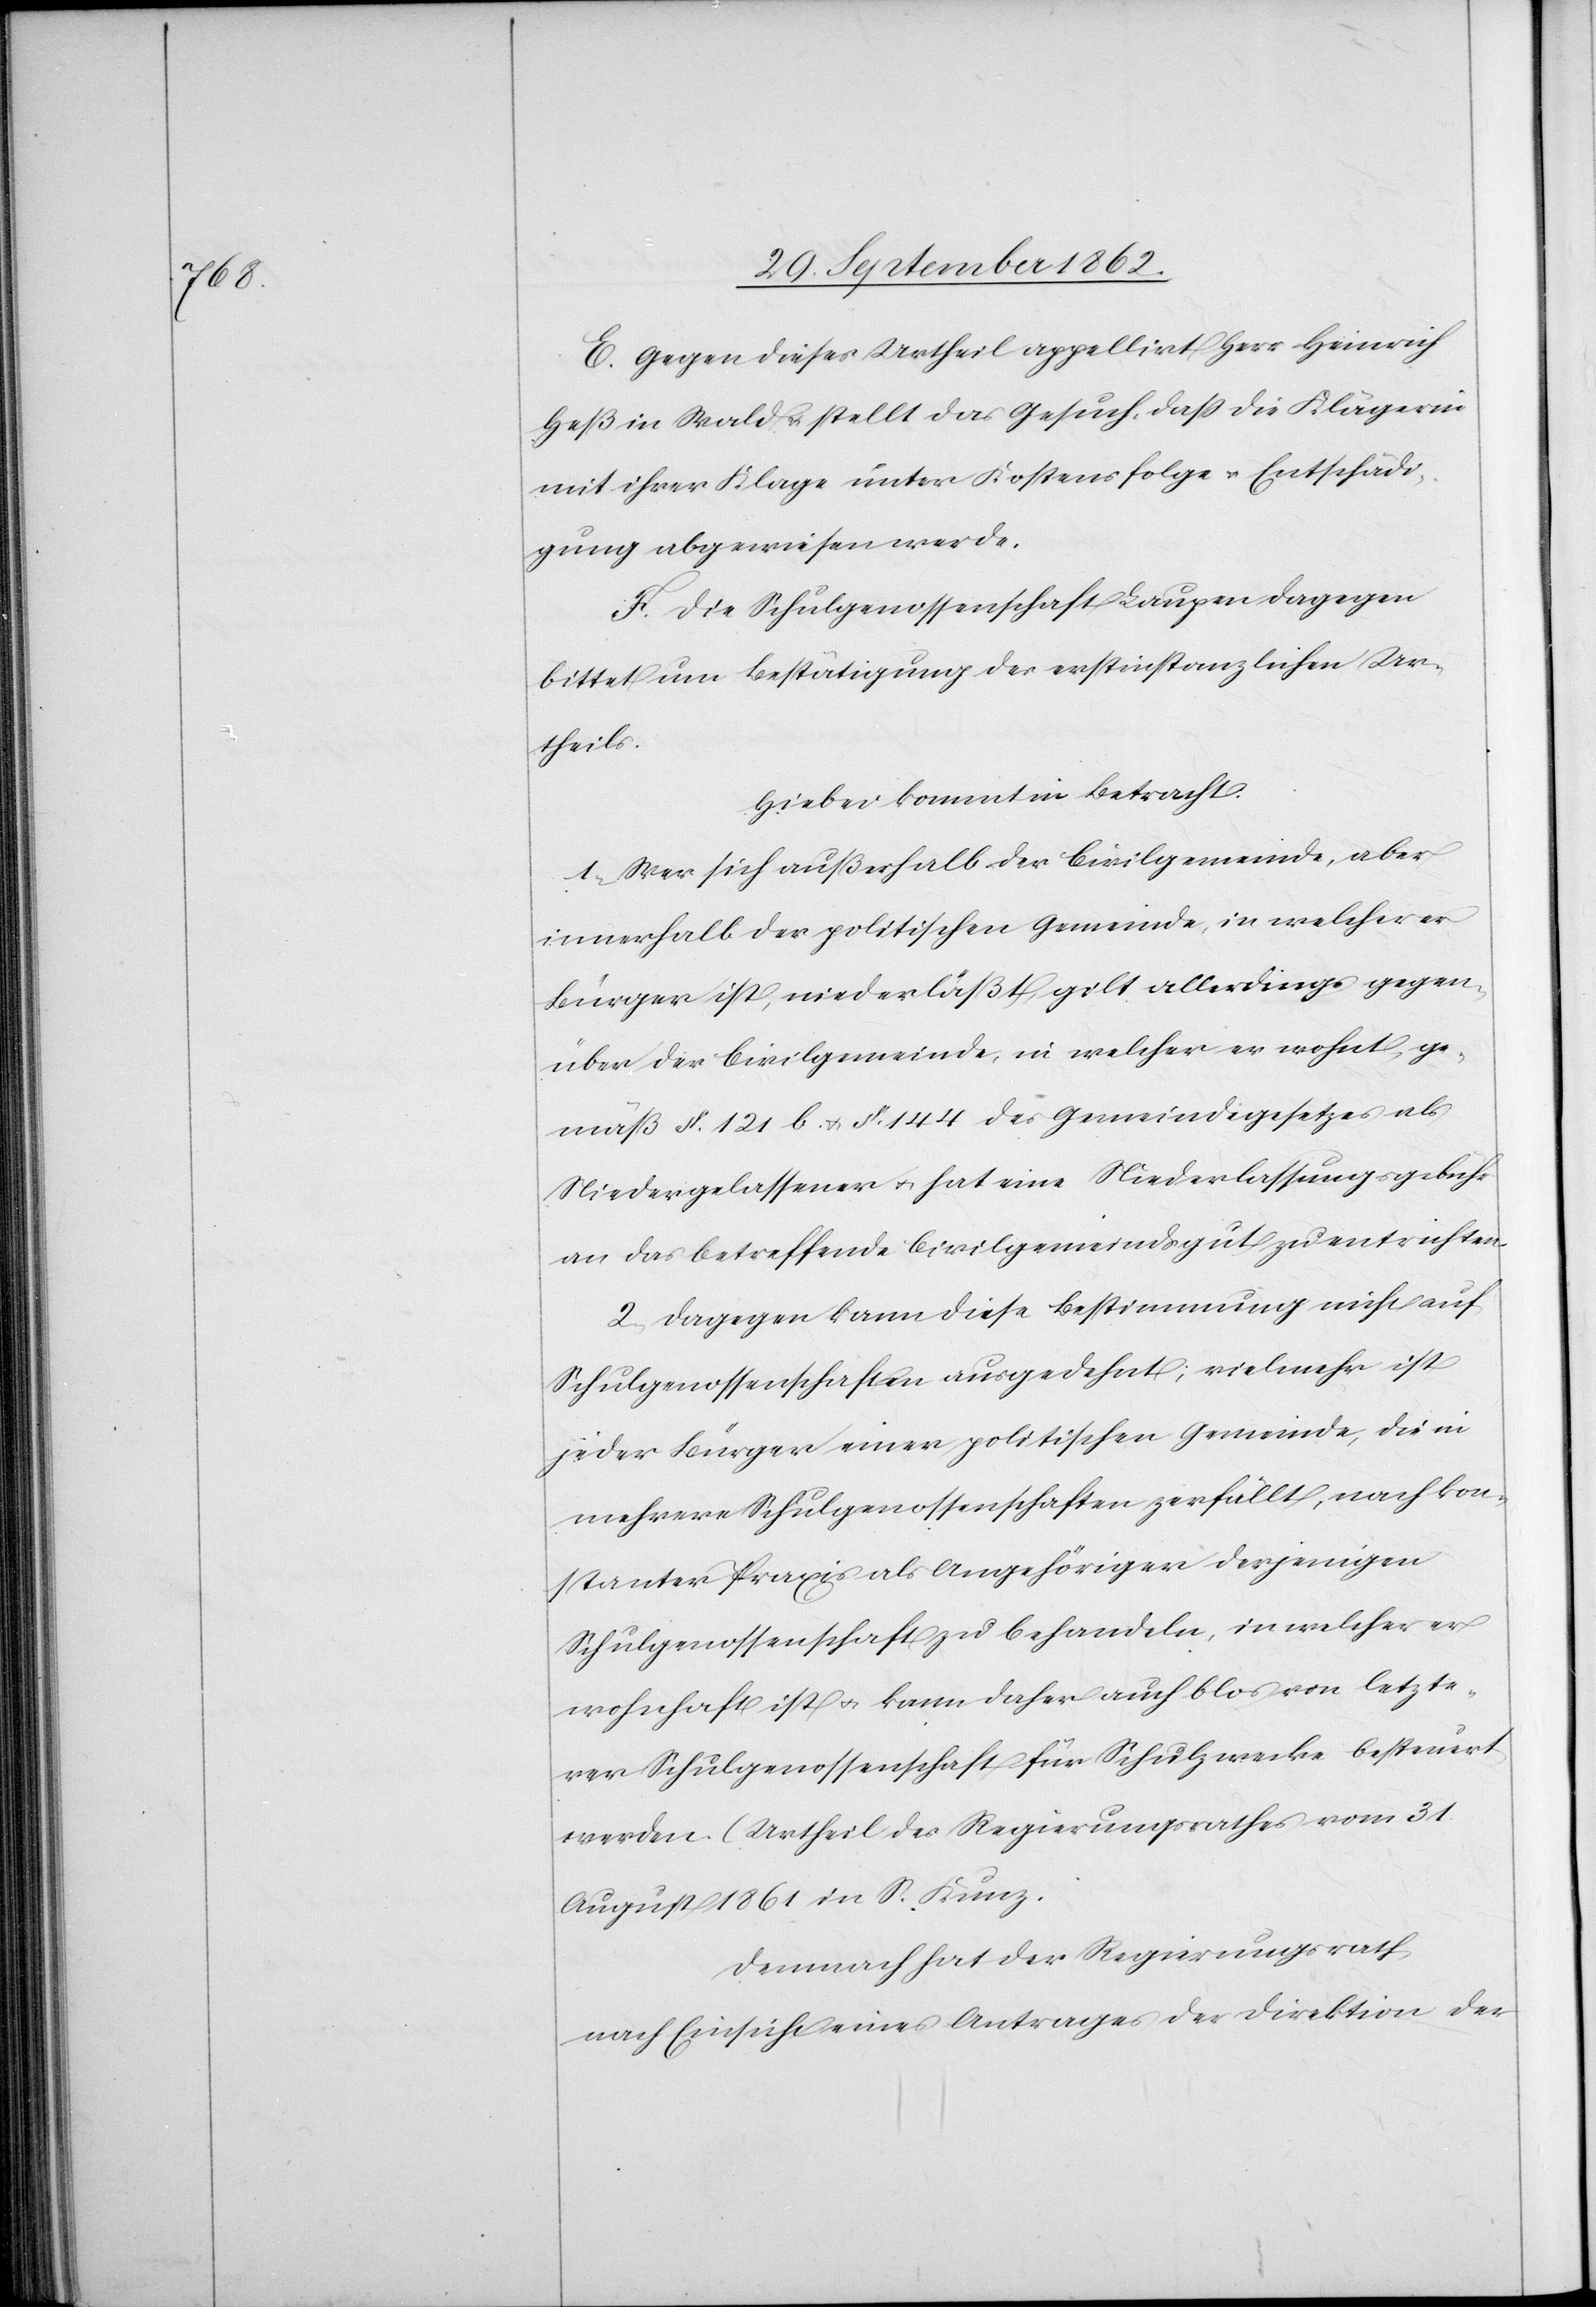
E. Gegen dieses Urtheil appellirt Herr Heinrich
Heß in Wald u. stellt das Gesuch, daß die Klägerin
mit ihrer Klage unter Kostenfolge u. Entschädi¬
gung abgewiesen werde.
F. Die Schulgenossenschaft Laupen dagegen
bittet um Bestätigung des erstinstanzlichen Ur¬
theils.
Hiebei kommt in Betracht:
1. Wer sich außerhalb der Civilgemeinde, aber
innerhalb der politischen Gemeinde, in welcher er
Bürger ist, niederläßt, gilt allerdings gegen¬
über der Civilgemeinde, in welcher er wohnt, ge¬
mäß §. 121 b u. §. 144 des Gemeindegesetzes als
Niedergelassener u. hat eine Niederlassungsgebühr
an das betreffende Civilgemeindsgut zu entrichten.
2. Dagegen kann diese Bestimmung nicht auf
Schulgenossenschaften ausgedehnt, vielmehr ist
jeder Bürger einer politischen Gemeinde, die in
mehrere Schulgenossenschaften zerfällt, nach kon¬
stanter Praxis als Angehöriger derjenigen
Schulgenossenschaft zu behandeln, in welcher er
wohnhaft ist u. kann daher auch blos von letzte¬
rer Schulgenossenschaft für Schulzwecke besteuert
werden. (Urtheil des Regierungsrathes vom 31.
August 1861 in S. Kunz[)]
Demnach hat der Regierungsrath,
nach Einsicht eines Antrages der Direktion der